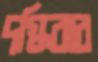
দগ্ধিবার